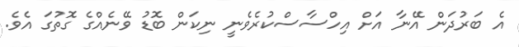
އެ ބަރުދަން އޭނާ އަށް އިހްސާސްކުރެވެނީ ނިކަން ބޮޑު ވޭނެއްގެ ގޮތުގަ އެވެ.